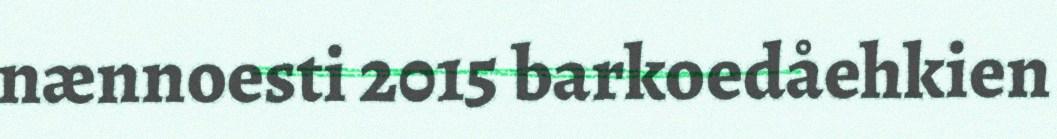
nænnoesti 2015 barkoedåehkien